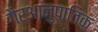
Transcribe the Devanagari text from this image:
गैरआनुपातिक